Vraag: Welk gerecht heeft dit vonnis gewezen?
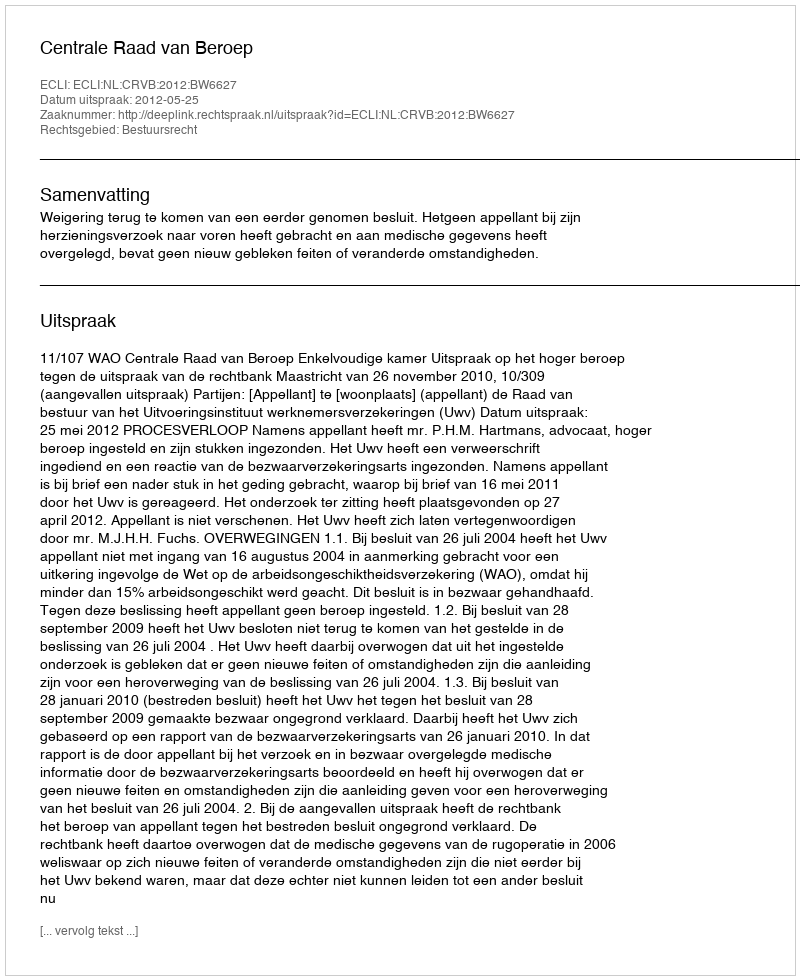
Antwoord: Centrale Raad van Beroep